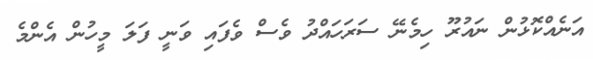
އަނެއްކޮޅުން ނައުރޫ ހިމެނޭ ސަރަހައްދު ވެސް ވެފައި ވަނީ ފަލަ މީހުން އެންމެ